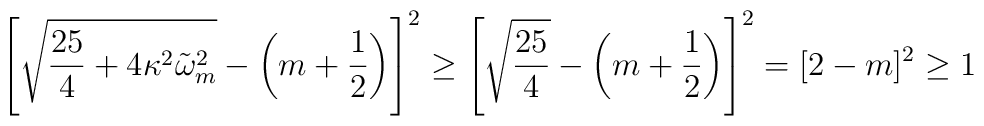
\left[\sqrt{\frac{25}{4}+4\kappa^2\tilde{\omega}_m^2}-\left(m+\frac12\right)\right]^2\ge\left[\sqrt{\frac{25}{4}}-\left(m+\frac12\right)\right]^2=[2-m]^2\ge1